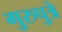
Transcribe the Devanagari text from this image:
गुरुपुत्रे